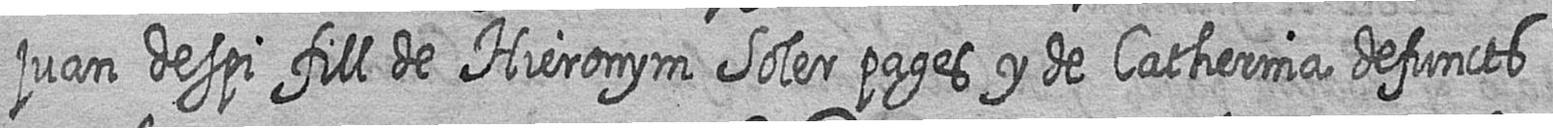
juan despi fill de Hieronym Soler pages y de Catherina defuncts